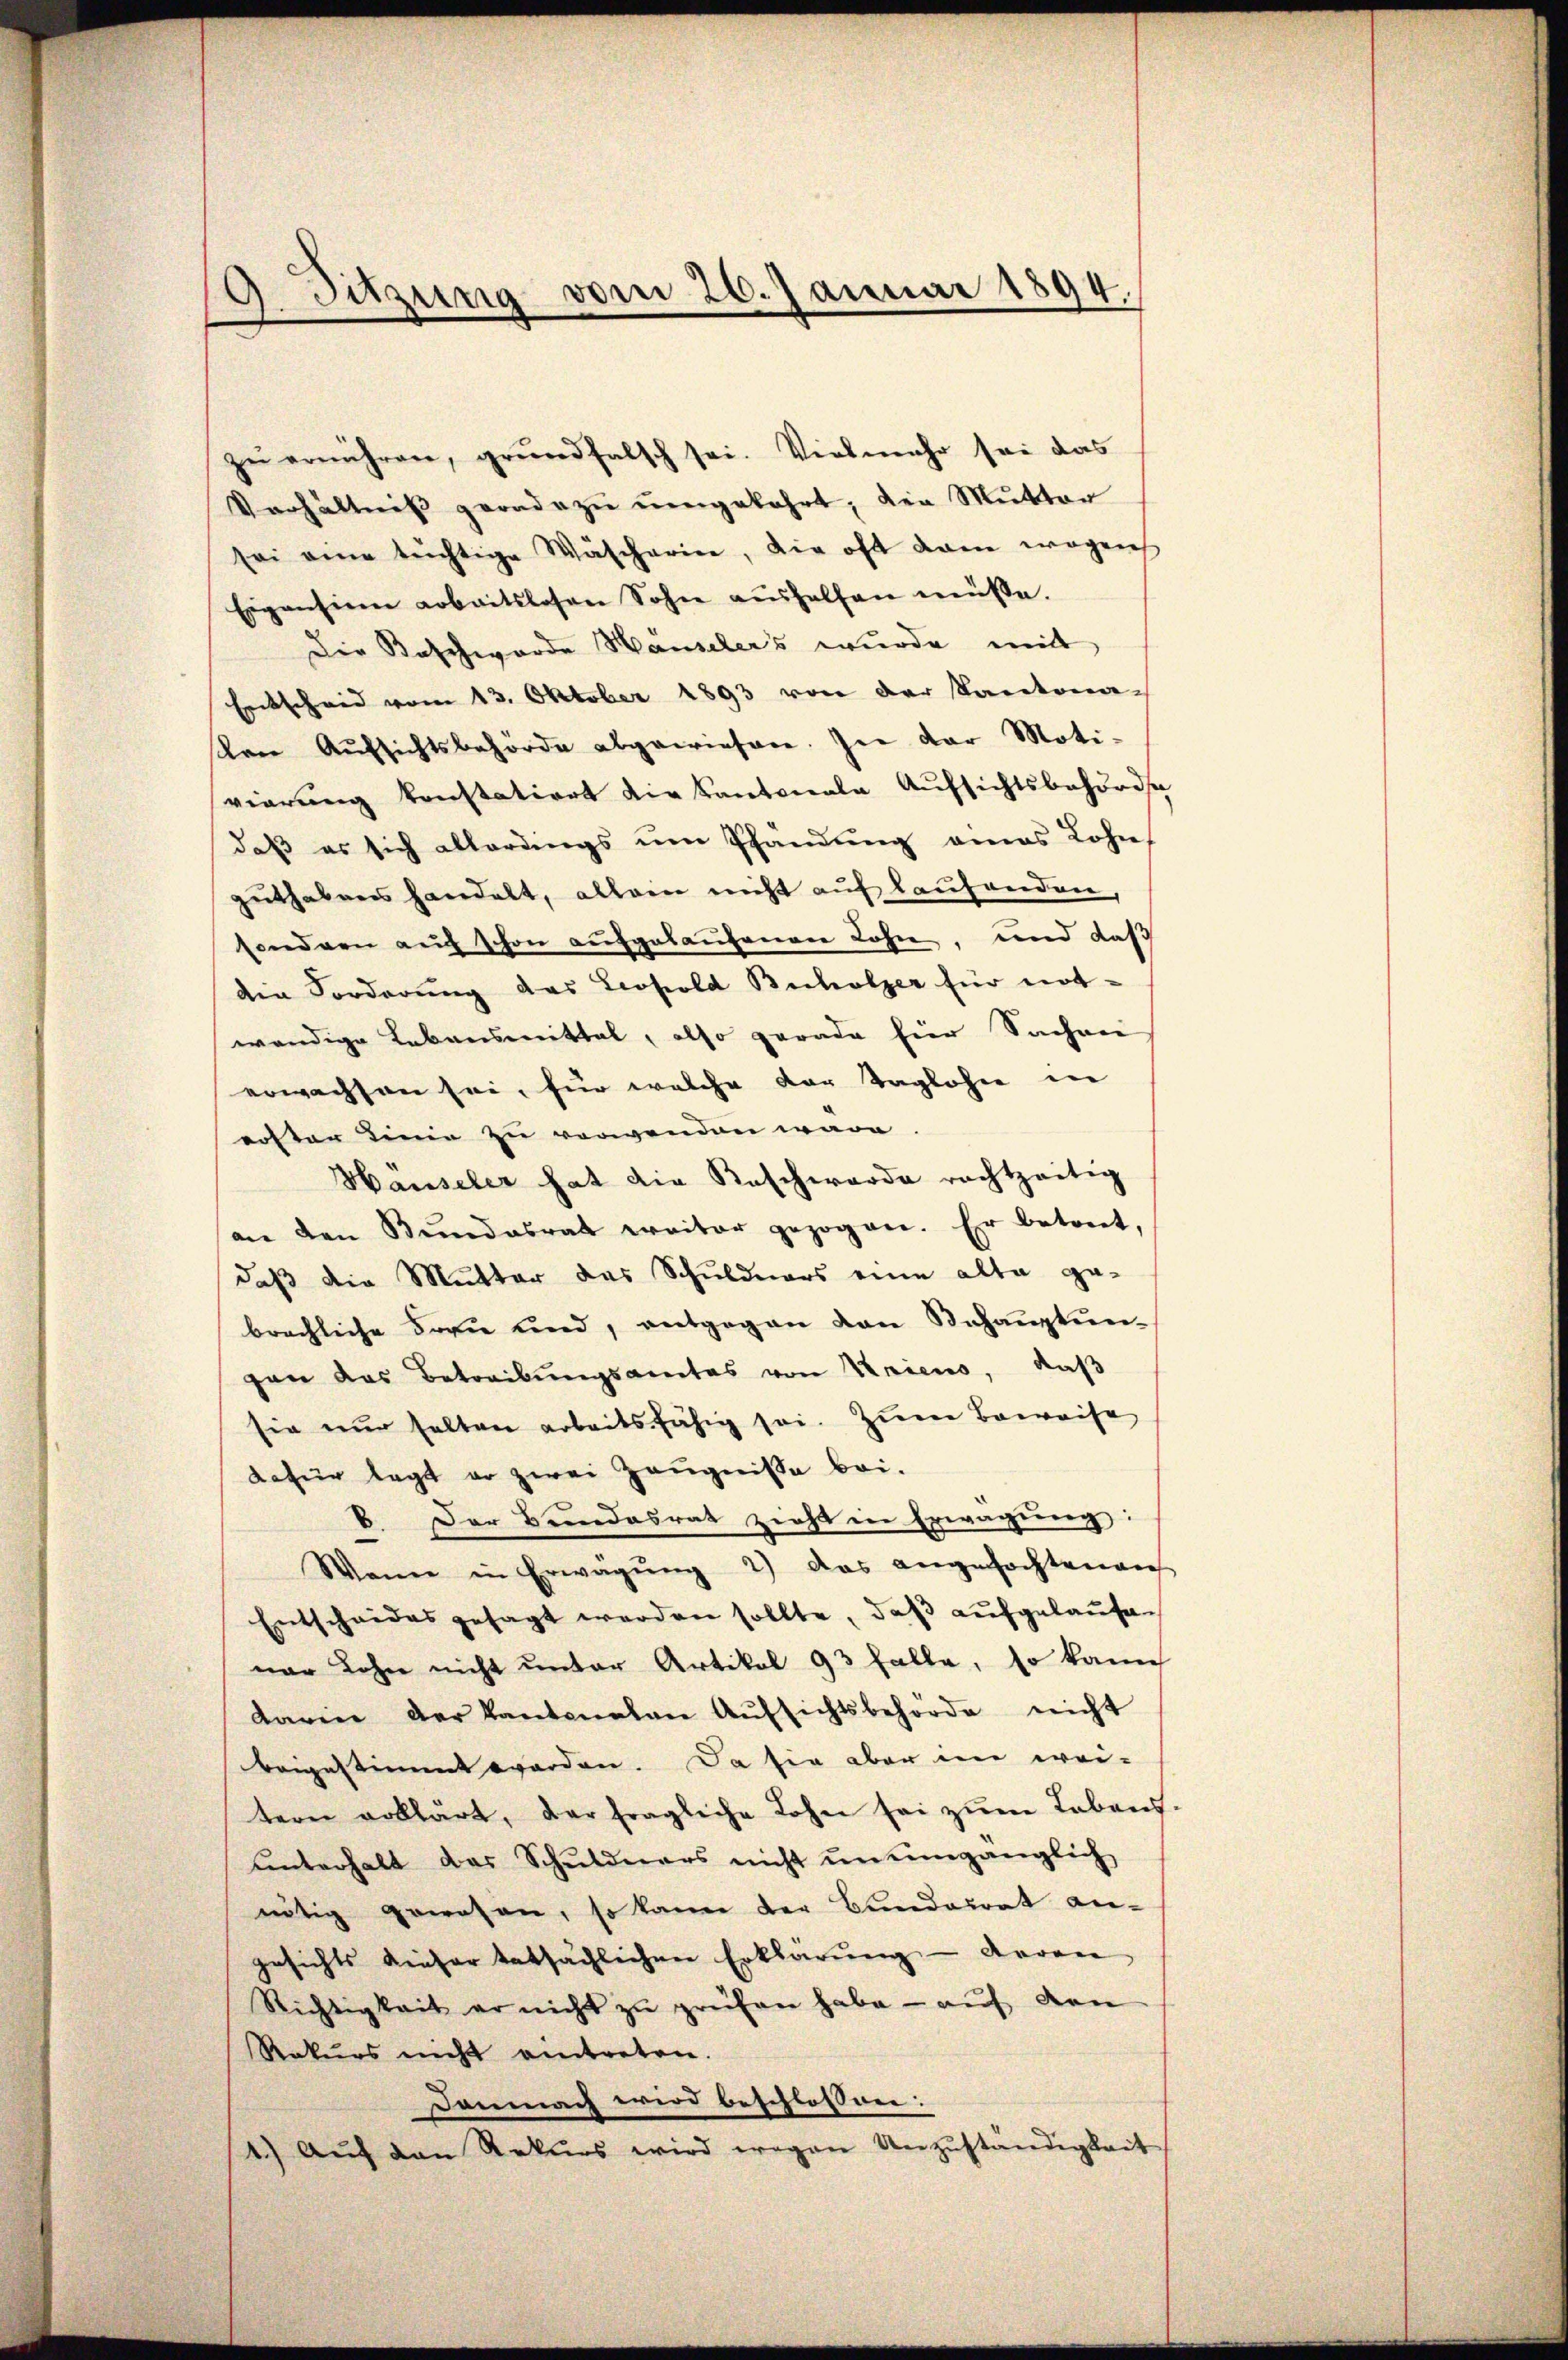
9. Sitzung vom 26. Januar 1894.

zŭ ernähren, gründfalsch sei. Vielmehr sei das
Verhältniß geradezu umgekehrt, die Mutter
sei eine tüchtige Wäscharine, die oft dan wegens
Eigensiren arbeitslosen Sohn aŭshelfen müsse.
Die Beschworde Hauseler's wurde mit
Entscheid vom 13. Oktober 1893 von der Kantonaven Aŭfsichtsbehörde abgewiesen. In der Moti-
vierung konstatiort die Kantonale Aufsichtsbehörde
daß es sich allerdings um Pfandung eines Lohn,
guthabens handelt, alleen nicht auf laufenden
sondern auf schon aufgelaufenen Lohn, und das
die Forderŭng das Leopold Bicholzer für not-
wendige Lebensmittel, also gerade hier Sachwei
erwachsen sei, für welche der Taglohn in
erster Linie zu verwenden wäre.
Hauseler hat die Reschwerde rechtzeitig
an den Bŭndesrath weiter gezogen. Er betreit,
daß die Mutter des Schuldners eine alte gebrechliche Frau und, entgegen den Behauptungan das Betreibungsamtes von Kriens, daß
sie nur halten arbeitsfähig sei. Zum Beweise
dafür legt er zwei Zeugnisse bei.
b. Der Bundesrat zieht in Erwägung:
Wann in Erwägŭng 2) das angefochten auf
Entscheides gesagt werden sollte, daß aufgelaufen
nar Lohn nicht unter Artikel 93 falle, so kann
daren der Kantonalen Aŭfsichtsbehörde nicht
beigestimmt worden. Da sie aber im wei-
tern erklärt, der fragliche Lohn sei zŭm Lebens-
ŭnterhalt das Schuldners nicht unumgänglich
nötig gewesen, so kann der Bundesrat an-
gesichts dieser tatsächlichen Erklärung - deren
Richtigkeit er nicht zŭ prüfen habe - auf von
Rekurs nicht entreten.
Demnach wird beschlossen:
1.) Aŭf den Rekurs wird wegen Unzŭständigkeit